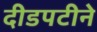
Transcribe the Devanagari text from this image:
दीडपटीने